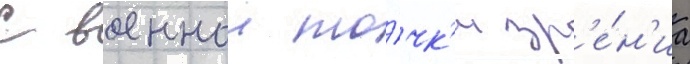
С военнои то́чк'и зр'е́н'иа